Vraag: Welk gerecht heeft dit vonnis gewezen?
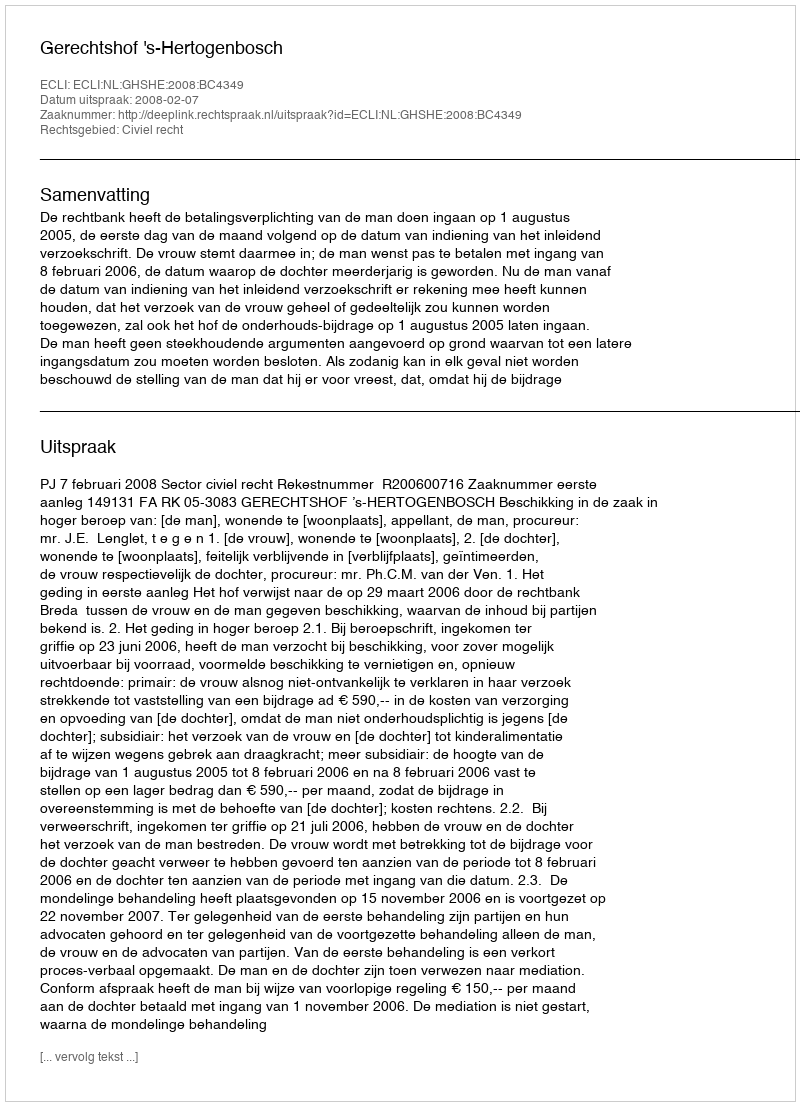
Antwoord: Gerechtshof 's-Hertogenbosch